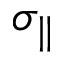
\sigma _ { \parallel }